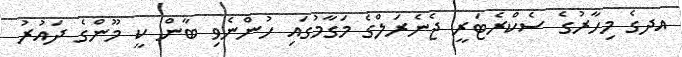
އދގެ މިހާރުގެ ސެކްރެޓަރީ ޖެނެރަލްގެ މަގާމުގައި ހުންނެވި ބާން ކީ މޫންގެ ދައުރު